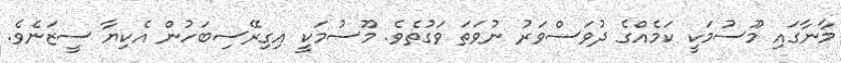
މާނާގައި މޫސުމަކީ ކަމެއްގެ ދުވަސްވަރު ނުވަތަ ވަގުތެވެ. މޫސުމަކީ އިގިރޭސިބަހުން އެކިޔާ ސީޒަނެވެ.